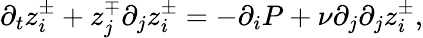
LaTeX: \partial_{t}z_{i}^{\pm}+z_{j}^{\mp}\partial_{j}z_{i}^{\pm}=-\partial_{i}P+\nu\partial_{j}\partial_{j}z_{i}^{\pm},